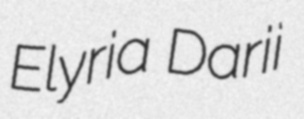
Elyria Darii